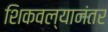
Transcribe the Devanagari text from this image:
शिकवल्यानंतर